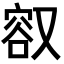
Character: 𪠮